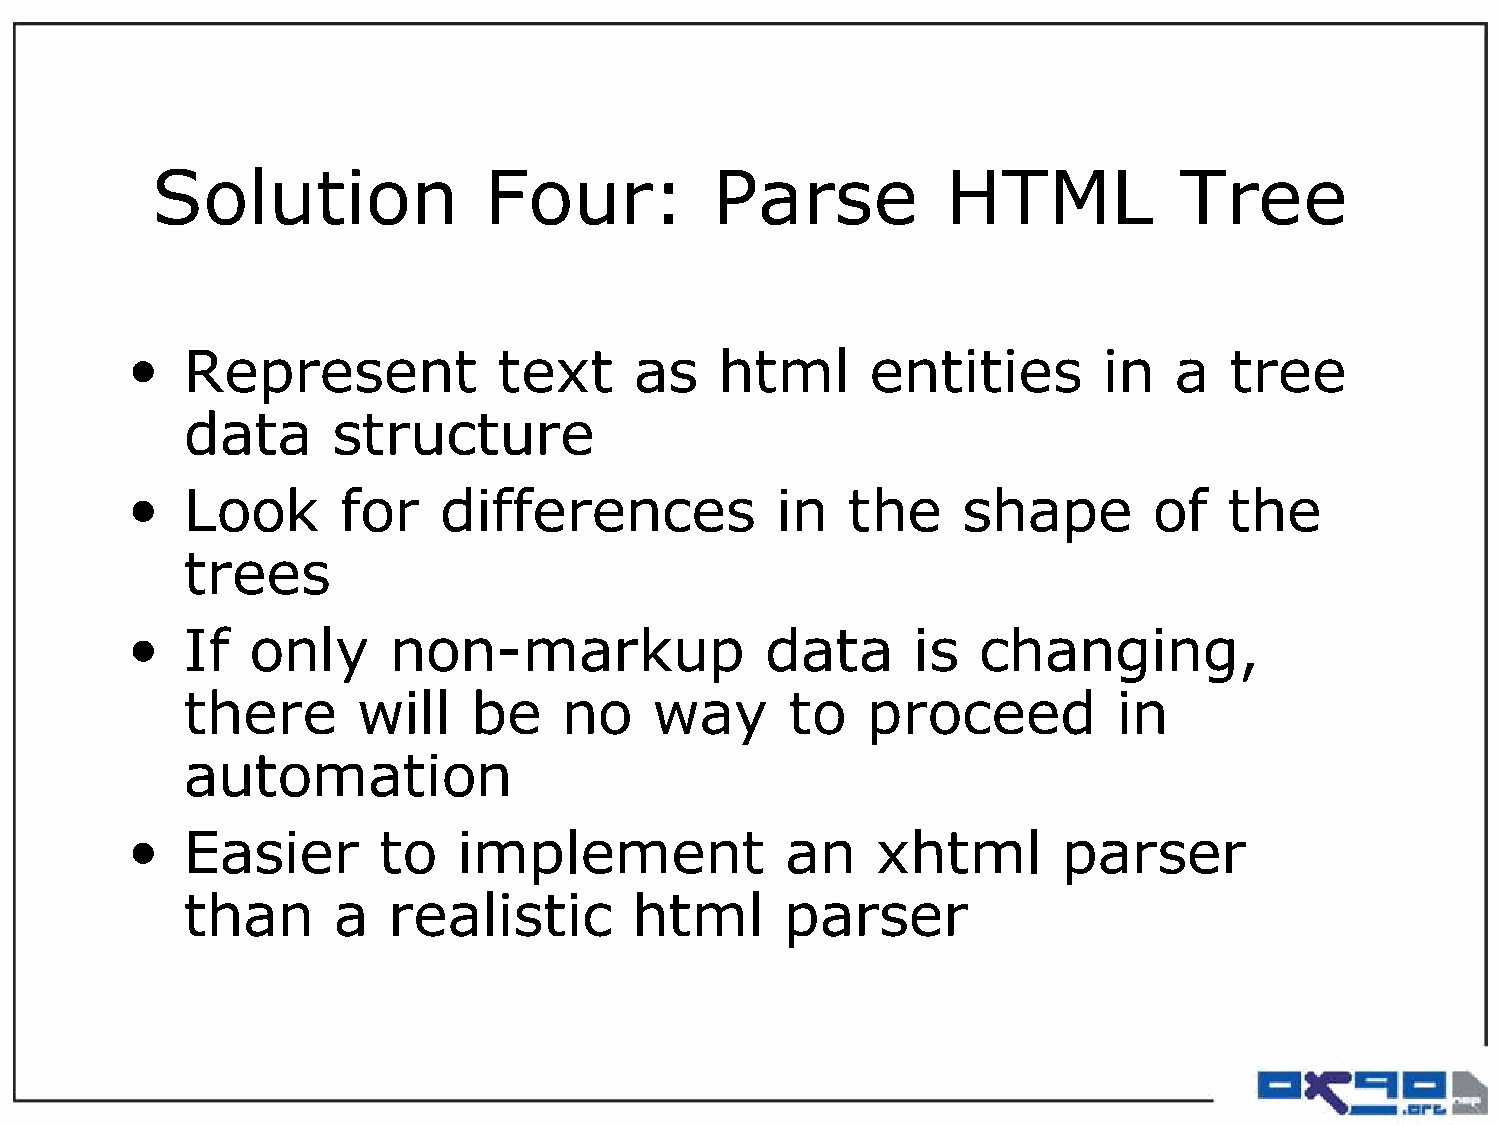
Solution              Four:          Parse           HTML           Tree
 •   Represent            text     as    html      entities       in   a  tree
 data      structure
 •   Look      for    differences           in   the     shape       of   the
 trees
 •   If  only      non-markup               data     is   changing,
 there       will   be    no    way      to   proceed          in
 automation
 •   Easier       to   implement             an    xhtml       parser
 than      a   realistic       html      parser